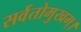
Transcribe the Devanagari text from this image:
सर्वतोमुखम्।